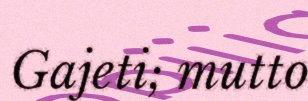
Gajeti; mutto